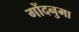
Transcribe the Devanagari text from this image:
गोंदनुमा